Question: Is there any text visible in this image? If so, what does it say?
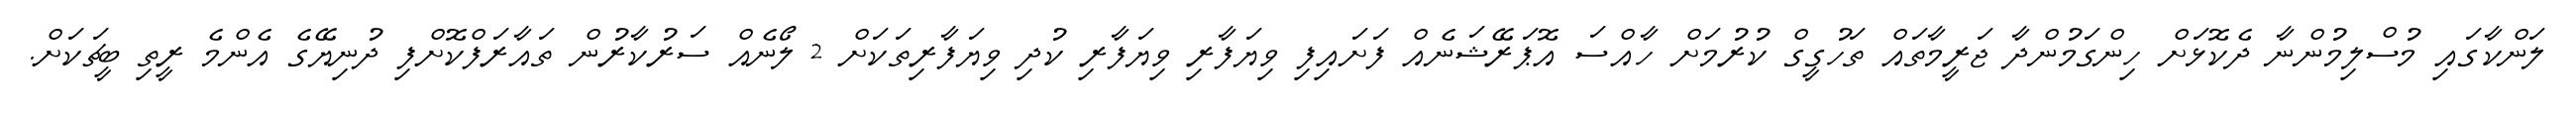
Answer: ލަންކާގައި މުސްލިމުންނާ ދެކޮޅަށް ހިންގަމުންދާ ޖަރީމާތައް ތަހުގީގް ކުރުމަށް ހާއްސަ އޮޕަރޭޝަނެއް ފަށައިފި ވިޔަފާރި ވިޔަފާރި ކުދި ވިޔަފާރިތަކަށް 2 ލޯނެއް ސަރުކާރުން ތައާރަފްކޮށްފި ދުނިޔޭގެ އެންމެ ރީތި ބީޗަކަށް.